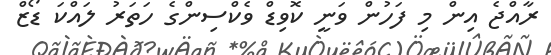
ރާއްޖެ އިން މި ފަހުން ވަނީ ކޮވިޑް ވެކްސިންގެ ހަތަރު ލައްކަ ޑޯޒް